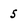
Character: 5